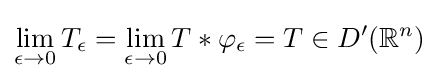
\lim _{\epsilon \to 0}T_{\epsilon }=\lim _{\epsilon \to 0}T\ast \varphi _{\epsilon }=T\in D^{\prime }(\mathbb {R} ^{n})